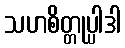
သဟစိတ္တုပ္ပါဒါ